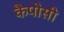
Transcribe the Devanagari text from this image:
कैपोसी